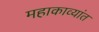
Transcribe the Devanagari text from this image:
महाकाव्यांत